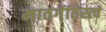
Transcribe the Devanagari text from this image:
मातर्गतिस्त्वं